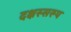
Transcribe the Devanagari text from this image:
दक्षस्सरूप